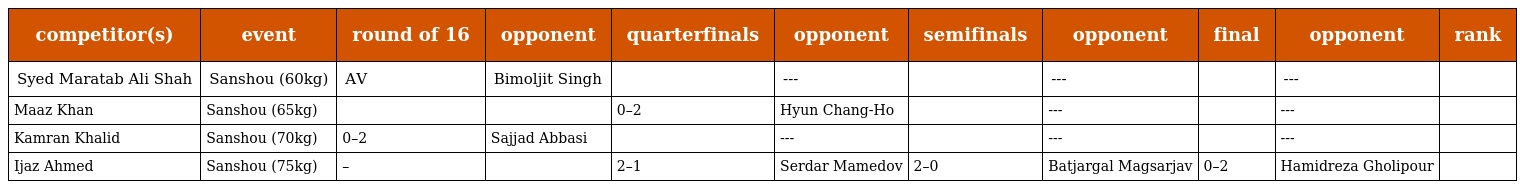
| competitor(s) | event | round of 16 | opponent | quarterfinals | opponent | semifinals | opponent | final | opponent | rank |
 | --- | --- | --- | --- | --- | --- | --- | --- | --- | --- | --- |
 | Syed Maratab Ali Shah | Sanshou (60kg) | AV | Bimoljit Singh |  | --- |  | --- |  | --- |  |
 | Maaz Khan | Sanshou (65kg) |  |  | 0–2 | Hyun Chang-Ho |  | --- |  | --- |  |
 | Kamran Khalid | Sanshou (70kg) | 0–2 | Sajjad Abbasi |  | --- |  | --- |  | --- |  |
 | Ijaz Ahmed | Sanshou (75kg) | – |  | 2–1 | Serdar Mamedov | 2–0 | Batjargal Magsarjav | 0–2 | Hamidreza Gholipour |  |